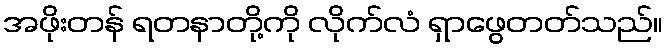
အဖိုးတန် ရတနာတို့ကို လိုက်လံ ရှာဖွေတတ်သည်။